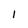
Character: 1